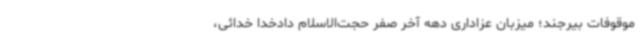
موقوفات بیرجند؛ میزبان عزاداری دهه آخر صفر حجت‌الاسلام دادخدا خدائی،